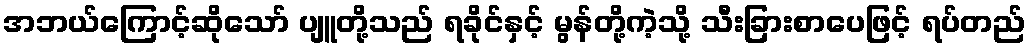
အဘယ်ကြောင့်ဆိုသော် ပျူတို့သည် ရခိုင်နှင့် မွန်တို့ကဲ့သို့ သီးခြားစာပေဖြင့် ရပ်တည်